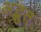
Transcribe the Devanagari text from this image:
अद्भुत्‌